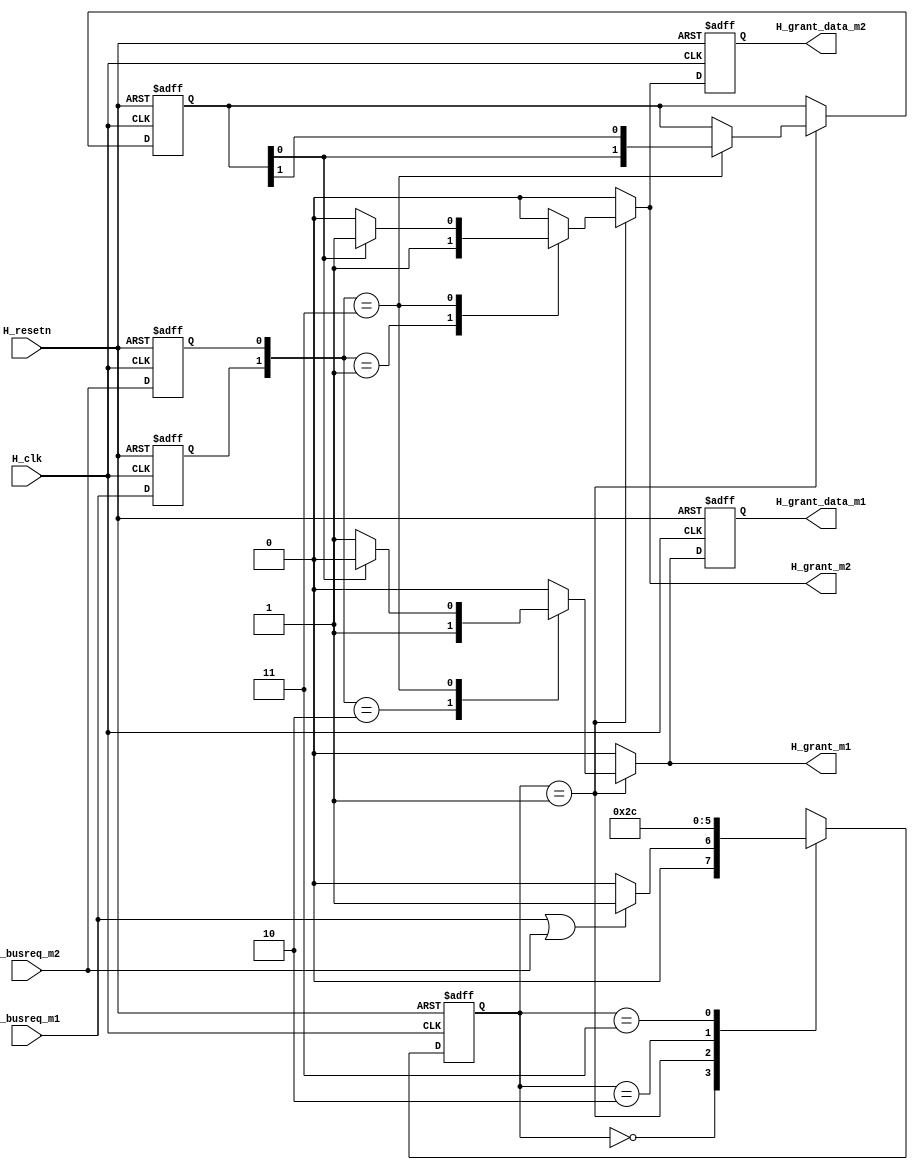
//====================================================
// module      :  ahb arbiter 
// editor      :  shiyong 
// data        :  2022/11/12
// description :
//----------------------------------------------------
//       Global singal 
//   HCLK        rising edge 
//   HRESETn     reset the bus and system , ative LOW
//----------------------------------------------------
//       | arbiter requests and locks |  
//    HBUSERQ_Mx     
//    HLCOK_Mx
//----------------------------------------------------
//            Address and control
//    HBURST[2:0]
//    HRESP[1:0]
//    HREADY
//----------------------------------------------------
//            Output 
//    HGRANT_Mx   : arbiter grants
//    HMASTLOCK   
//====================================================

module ahb_arbiter(
        input            H_clk,
        input            H_resetn,
        //-----------------------------
        //  Arbiter requests and locks
        input            H_busreq_m1,
        //input            H_lock_m1  ,
        input            H_busreq_m2,
        //input            H_lock_m2  ,
        //-----------------------------
        //  output Arbiter grants
        output   reg         H_grant_m1      ,
        output   reg         H_grant_m2      ,
        output   reg         H_grant_data_m1 ,
        output   reg         H_grant_data_m2 
        //output   reg [3:0]   H_master        ,
        //output               H_mastlock 
);

parameter A_IDLE        = 'd0;
parameter A_GRANT       = 'd1; // send HGRANT to master 
parameter A_GRANT_WDATA = 'd2; // send HGRANT 
parameter A_FINISH      = 'd3; // Finish 
//
reg       H_busreq_m1_buf;
reg       H_busreq_m2_buf;
//
reg [1:0] priority_record_n;
reg [1:0] priority_record;

//state
reg [1:0] state;
reg [1:0] state_n;

//priority record
always@(posedge H_clk or negedge H_resetn)begin
        if(!H_resetn)begin
           priority_record <= 2'b10;
        end
        else begin
           priority_record <= priority_record_n;
        end
end

always@(*)begin
        case(state)
        A_IDLE:begin
                if(H_busreq_m1 | H_busreq_m2) state_n = A_GRANT;
                else                           state_n = A_IDLE;
        end
        A_GRANT:begin
                state_n = A_GRANT_WDATA;
        end
        A_GRANT_WDATA:begin
                state_n = A_FINISH;
        end
        A_FINISH:begin
                state_n = A_IDLE;
        end
        endcase
end

always@(posedge H_clk or negedge H_resetn)begin
        if(!H_resetn)begin
                state <= 2'b0;
        end
        else begin
                state <= state_n;
        end
end



//output
always@(*)begin
        if(state == A_GRANT)begin
                H_grant_m1        = 1'b0;
                H_grant_m2        = 1'b0;
                priority_record_n = priority_record;
                case ({H_busreq_m1_buf,H_busreq_m2_buf})
                      2'b01:begin
                        H_grant_m2   = 1'b1;
                      end
                      2'b10:begin
                        H_grant_m1   = 1'b1;
                      end  
                      2'b11:begin
                        if(priority_record[0])H_grant_m2 = 1'b1;
                        else                  H_grant_m1 = 1'b1;
                        priority_record_n = ({priority_record[0],priority_record[1]});
                      end
                      default:begin                        
                      end
                endcase
        end
        else begin
                H_grant_m1        = 1'b0;
                H_grant_m2        = 1'b0;
                priority_record_n = priority_record;                
        end
end

always@(posedge H_clk or negedge H_resetn)begin
        if(!H_resetn)begin
                H_busreq_m1_buf <= 1'b0;
                H_busreq_m2_buf <= 1'b0;
                H_grant_data_m1 <= 1'b0;
                H_grant_data_m2 <= 1'b0;
        end
        else begin
                H_busreq_m1_buf <= H_busreq_m1;
                H_busreq_m2_buf <= H_busreq_m2;                
                H_grant_data_m1 <= H_grant_m1 ;
                H_grant_data_m2 <= H_grant_m2 ;
        end
end

endmodule